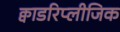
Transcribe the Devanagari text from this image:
क्वाडरिप्लीजिक